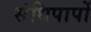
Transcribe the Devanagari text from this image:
संधिपापों